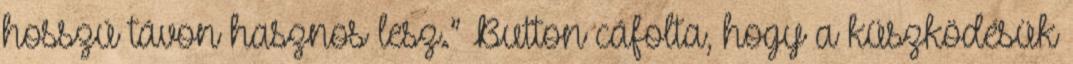
hosszú távon hasznos lesz.” Button cáfolta, hogy a küszködésük